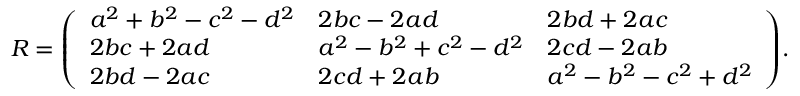
R = { \left( \begin{array} { l l l } { a ^ { 2 } + b ^ { 2 } - c ^ { 2 } - d ^ { 2 } } & { 2 b c - 2 a d } & { 2 b d + 2 a c } \\ { 2 b c + 2 a d } & { a ^ { 2 } - b ^ { 2 } + c ^ { 2 } - d ^ { 2 } } & { 2 c d - 2 a b } \\ { 2 b d - 2 a c } & { 2 c d + 2 a b } & { a ^ { 2 } - b ^ { 2 } - c ^ { 2 } + d ^ { 2 } } \end{array} \right) } .